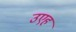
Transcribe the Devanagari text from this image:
उएह